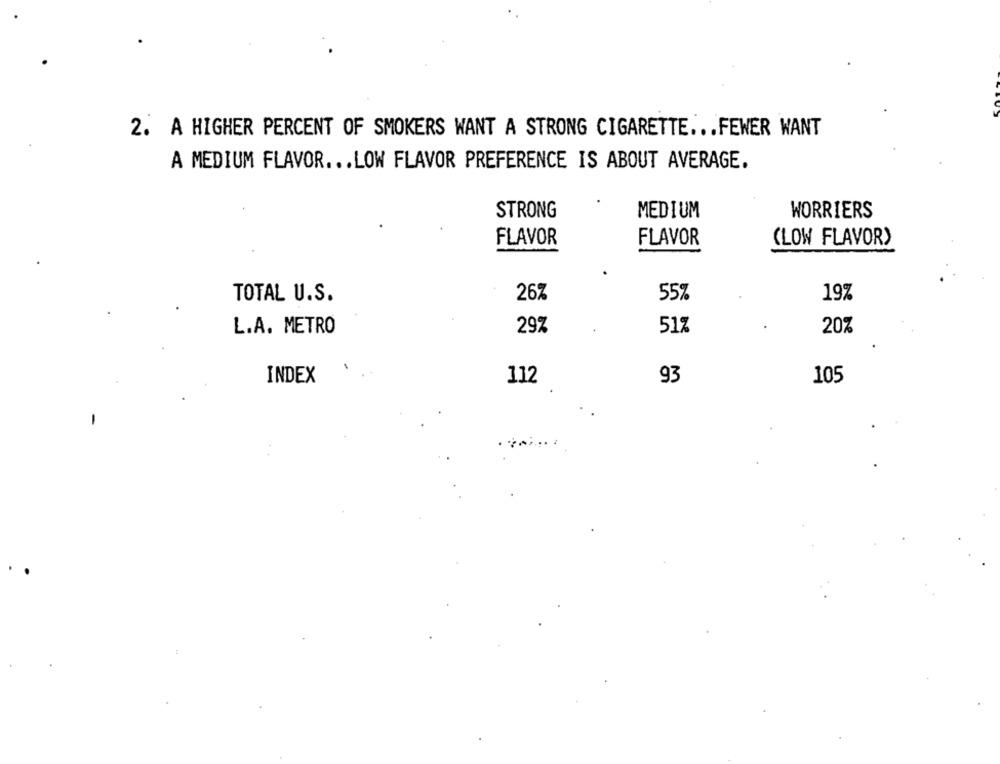
2. A HIGHER PERCENT OF SMOKERS WANT A STRONG CIGARETTE ... FEWER WANT
A MEDIUM FLAVOR ... LOW FLAVOR PREFERENCE IS ABOUT AVERAGE.
STRONG
MEDIUM
WORRIERS
FLAVOR
FLAVOR
(LOW FLAVOR)
TOTAL U.S.
26%
55%
19%
29%
51%
20%
L.A. METRO
INDEX
112
93
105